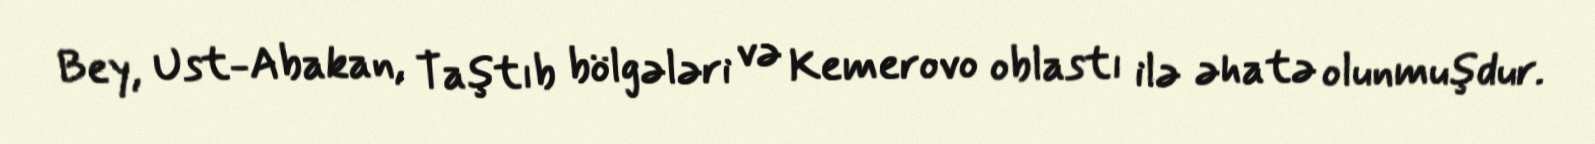
Bey, Ust-Abakan, Taştıb bölgələri və Kemerovo oblastı ilə əhatə olunmuşdur.